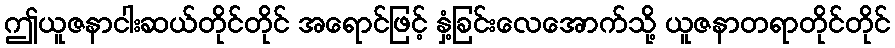
ဤယူဇနာငါးဆယ်တိုင်တိုင် အရောင်ဖြင့် နှံ့ခြင်းလေအောက်သို့ ယူဇနာတရာတိုင်တိုင်